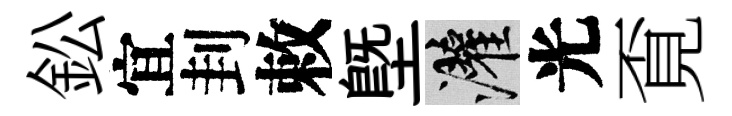
鈆宜刲敕塈灌光覔